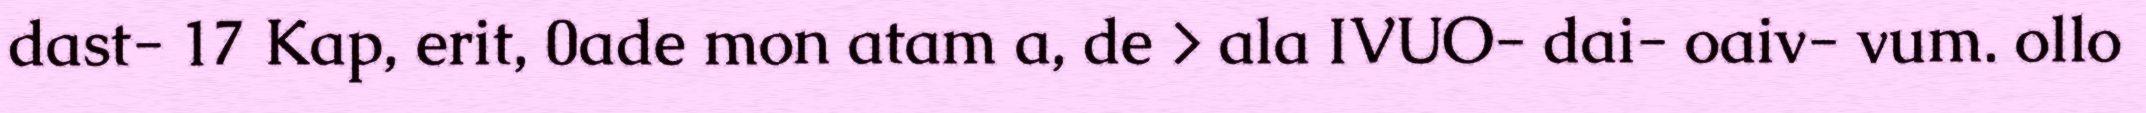
dast- 17 Kap, erit, 0ade mon atam a, de > ala IVUO- dai- oaiv- vum. ollo